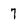
Character: 7